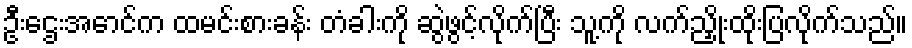
ဦးဌေးအောင်က ထမင်းစားခန်း တံခါးကို ဆွဲဖွင့်လိုက်ပြီး သူ့ကို လက်ညှိုးထိုးပြလိုက်သည်။